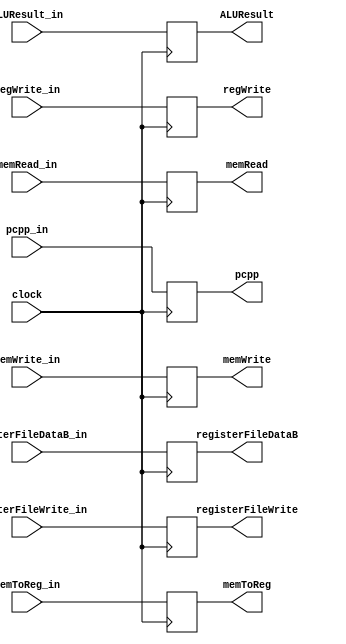
module ex_mem(clock,
	ALUResult_in,
	memRead_in,
	memWrite_in,
	memToReg_in,
	registerFileDataB_in,
	registerFileWrite_in,
	regWrite_in,
	pcpp_in,
	ALUResult,
	memRead,
	memWrite,
	memToReg,
	registerFileDataB,
	registerFileWrite,
	regWrite,
	pcpp
);

input clock;
input [31:0] ALUResult_in;
input memRead_in, memWrite_in;
input [1:0] memToReg_in;
input [31:0] registerFileDataB_in;
input [3:0] registerFileWrite_in;
input regWrite_in;
input [31:0] pcpp_in;
output reg [31:0] ALUResult;
output reg memRead, memWrite;
output reg [1:0] memToReg;
output reg [31:0] registerFileDataB;
output reg [3:0] registerFileWrite;
output reg regWrite;
output reg [31:0] pcpp;

always @(negedge clock) begin
	ALUResult = ALUResult_in;
	memRead = memRead_in;
	memWrite = memWrite_in;
	memToReg = memToReg_in;
	registerFileDataB = registerFileDataB_in;
	registerFileWrite = registerFileWrite_in;
	regWrite = regWrite_in;
	pcpp = pcpp_in;
end

endmodule